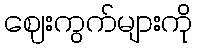
ဈေးကွက်များကို